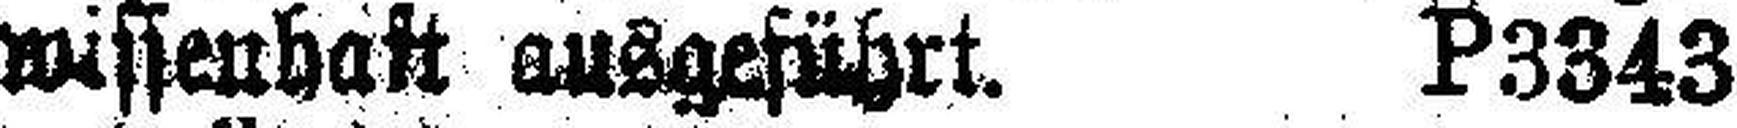
wissenhaft ausgeführt. P3343